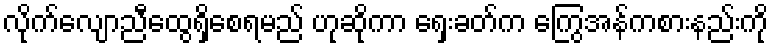
လိုက်လျောညီထွေရှိစေရမည် ဟုဆိုကာ ရှေးခတ်က ကြွေအန်ကစားနည်းကို